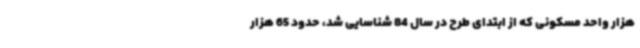
هزار واحد مسکونی که از ابتدای طرح در سال 84 شناسایی شد، حدود 65 هزار